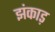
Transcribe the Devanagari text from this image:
झंकाड़